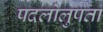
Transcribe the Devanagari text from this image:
पदलोलुपता